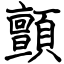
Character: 顫